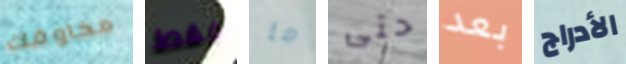
مخاوفك فقط ما حتى بعد الأدراج